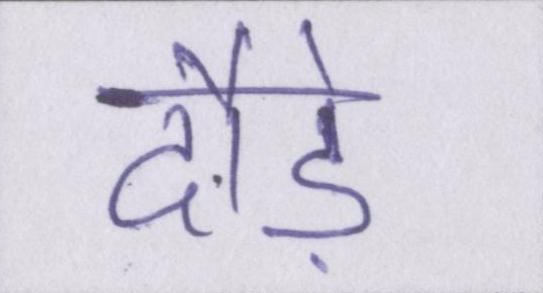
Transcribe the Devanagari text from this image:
दौड़े